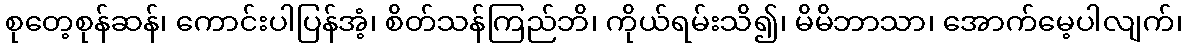
စုတေ့စုန်ဆန်၊ ကောင်းပါပြန်အံ့၊ စိတ်သန်ကြည်ဘိ၊ ကိုယ်ရမ်းသိ၍၊ မိမိဘာသာ၊ အောက်မေ့ပါလျက်၊